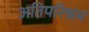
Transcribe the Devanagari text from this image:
अतिपरिश्रम